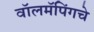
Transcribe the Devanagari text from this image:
वॉलमॅपिंगचे